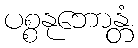
ပစ္စနုဘောန္တံ